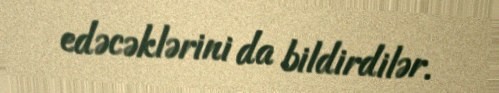
edəcəklərini da bildirdilər.